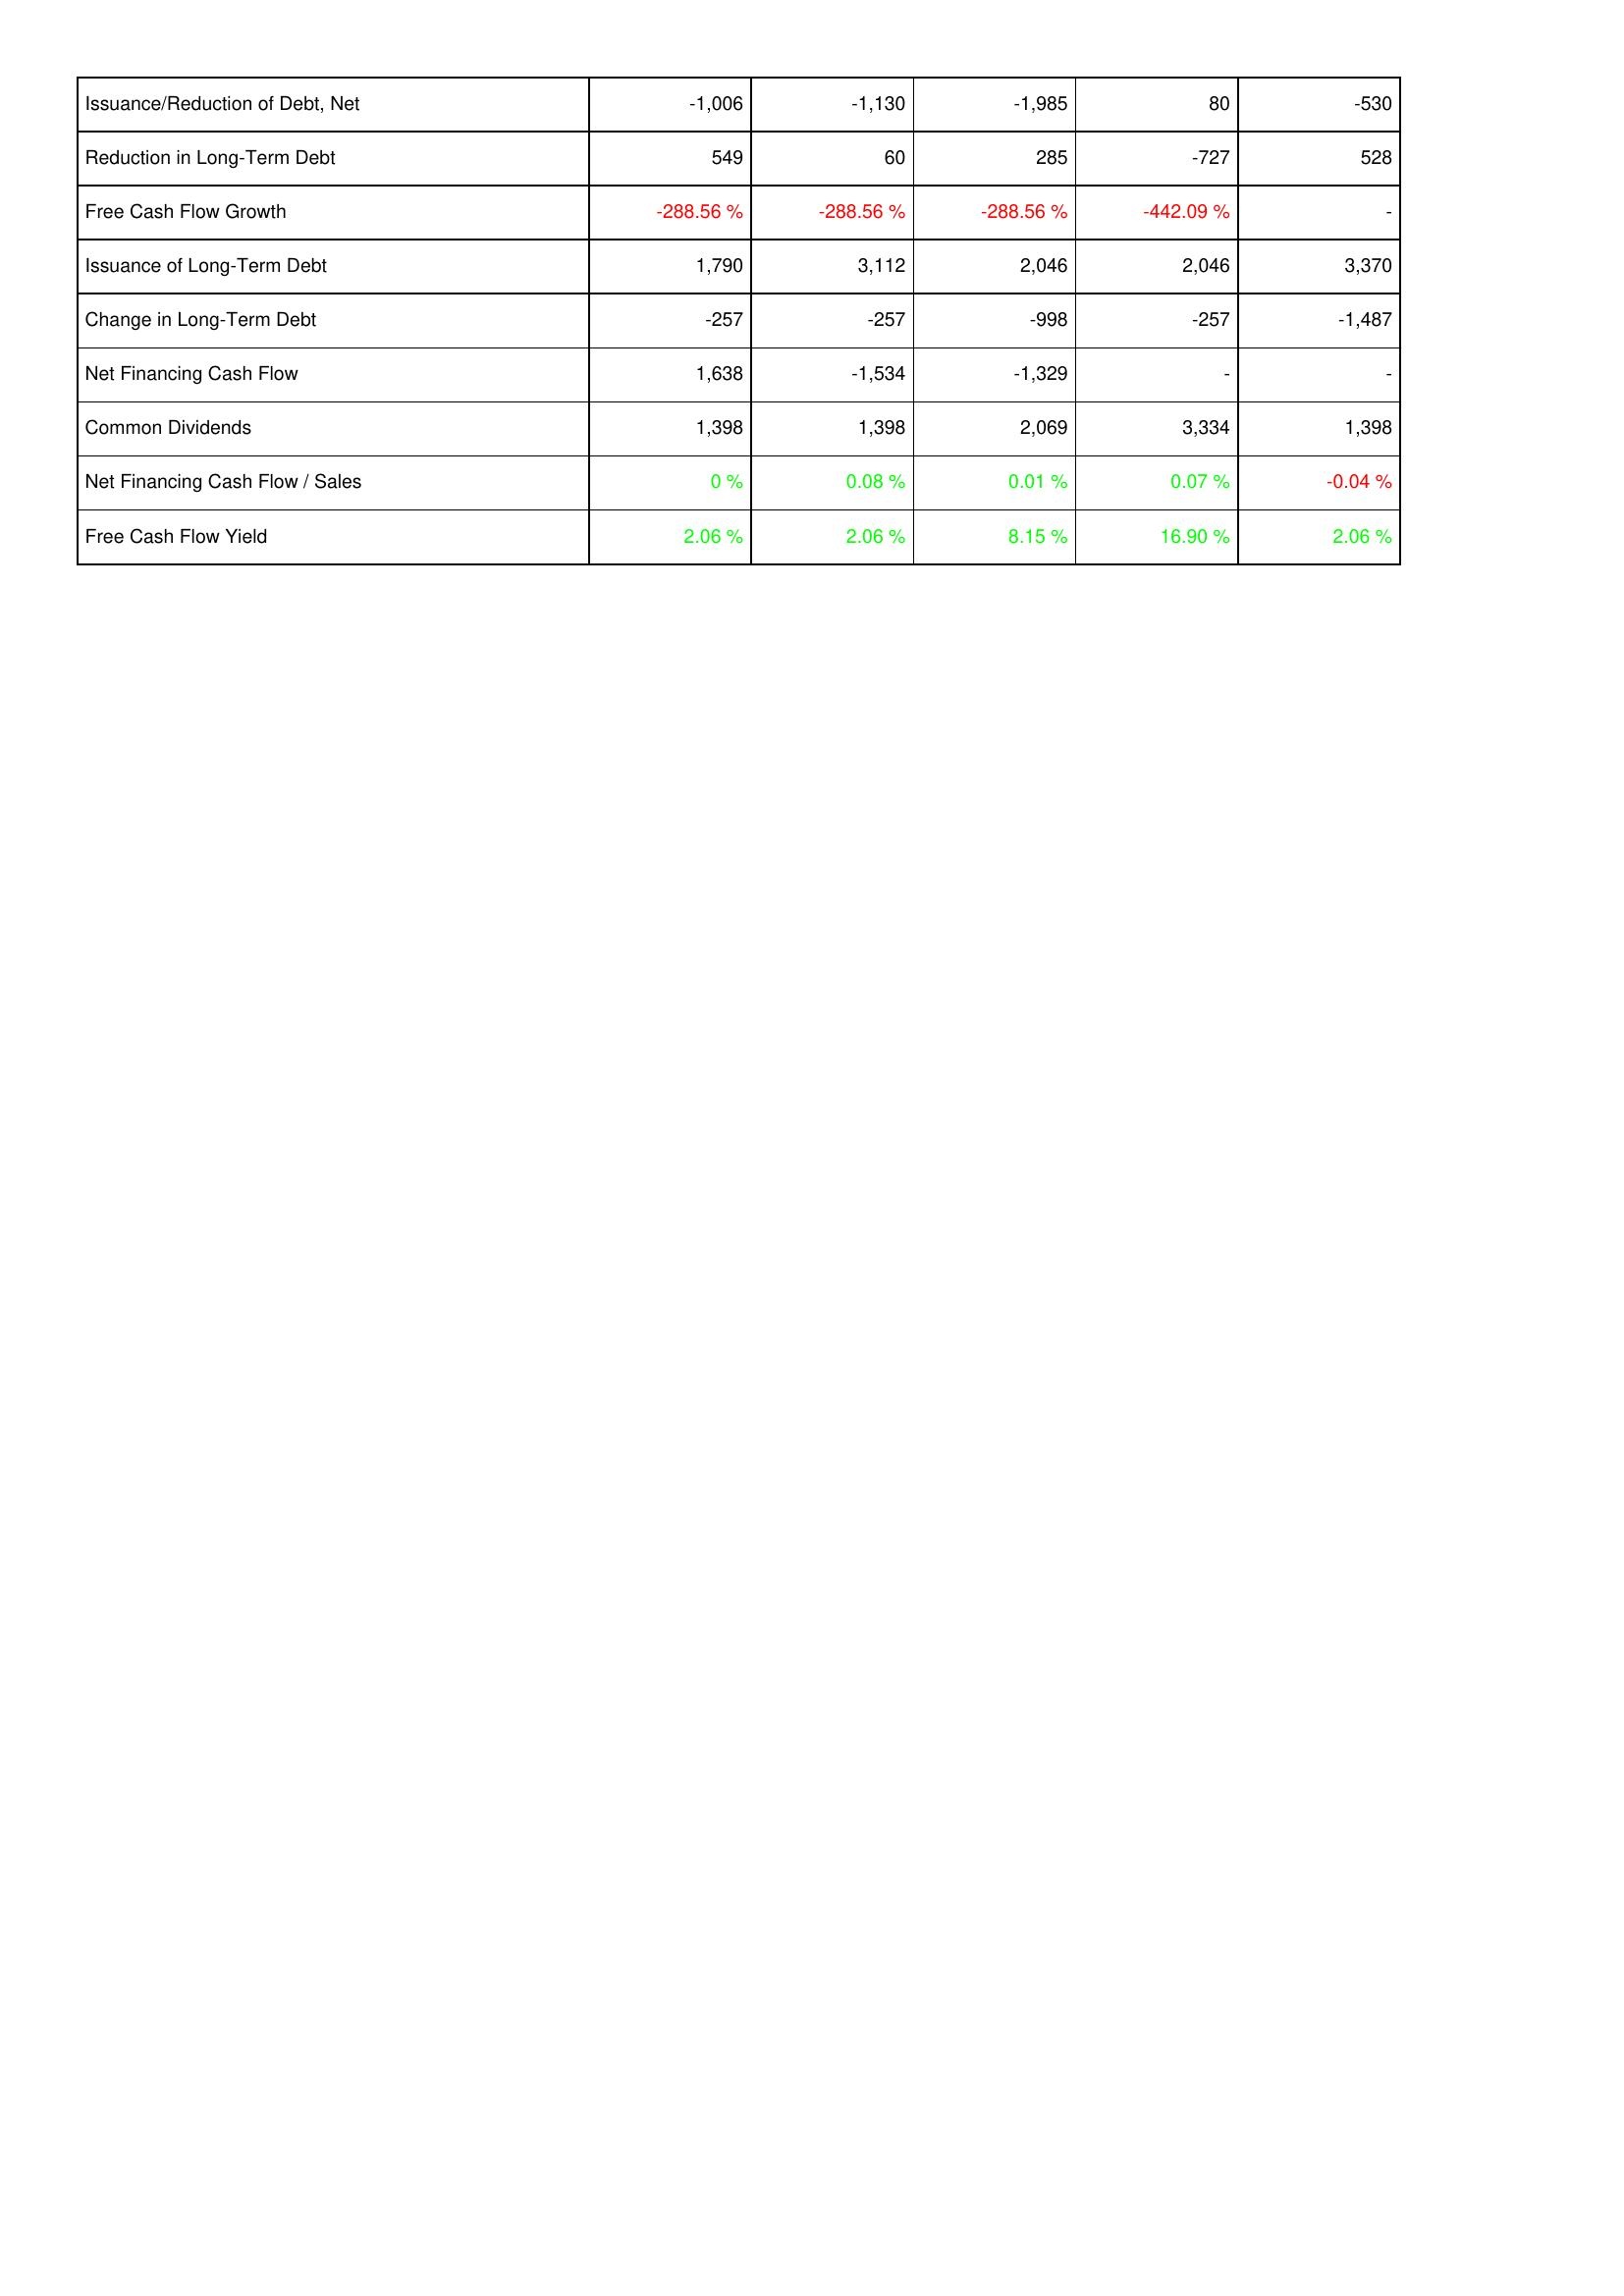
2005: Financing Activities: Issuance/Reduction of Debt, Net: -1,006
Reduction in Long-Term Debt: 549
Free Cash Flow Growth: -288.56 %
Issuance of Long-Term Debt: 1,790
Change in Long-Term Debt: -257
Net Financing Cash Flow: 1,638
Common Dividends: 1,398
Net Financing Cash Flow / Sales: 0 %
Free Cash Flow Yield: 2.06 %
2006: Financing Activities: Issuance/Reduction of Debt, Net: -1,130
Reduction in Long-Term Debt: 60
Free Cash Flow Growth: -288.56 %
Issuance of Long-Term Debt: 3,112
Change in Long-Term Debt: -257
Net Financing Cash Flow: -1,534
Common Dividends: 1,398
Net Financing Cash Flow / Sales: 0.08 %
Free Cash Flow Yield: 2.06 %
2007: Financing Activities: Issuance/Reduction of Debt, Net: -1,985
Reduction in Long-Term Debt: 285
Free Cash Flow Growth: -288.56 %
Issuance of Long-Term Debt: 2,046
Change in Long-Term Debt: -998
Net Financing Cash Flow: -1,329
Common Dividends: 2,069
Net Financing Cash Flow / Sales: 0.01 %
Free Cash Flow Yield: 8.15 %
2008: Financing Activities: Issuance/Reduction of Debt, Net: 80
Reduction in Long-Term Debt: -727
Free Cash Flow Growth: -442.09 %
Issuance of Long-Term Debt: 2,046
Change in Long-Term Debt: -257
Net Financing Cash Flow: -
Common Dividends: 3,334
Net Financing Cash Flow / Sales: 0.07 %
Free Cash Flow Yield: 16.90 %
2009: Financing Activities: Issuance/Reduction of Debt, Net: -530
Reduction in Long-Term Debt: 528
Free Cash Flow Growth: -
Issuance of Long-Term Debt: 3,370
Change in Long-Term Debt: -1,487
Net Financing Cash Flow: -
Common Dividends: 1,398
Net Financing Cash Flow / Sales: -0.04 %
Free Cash Flow Yield: 2.06 %